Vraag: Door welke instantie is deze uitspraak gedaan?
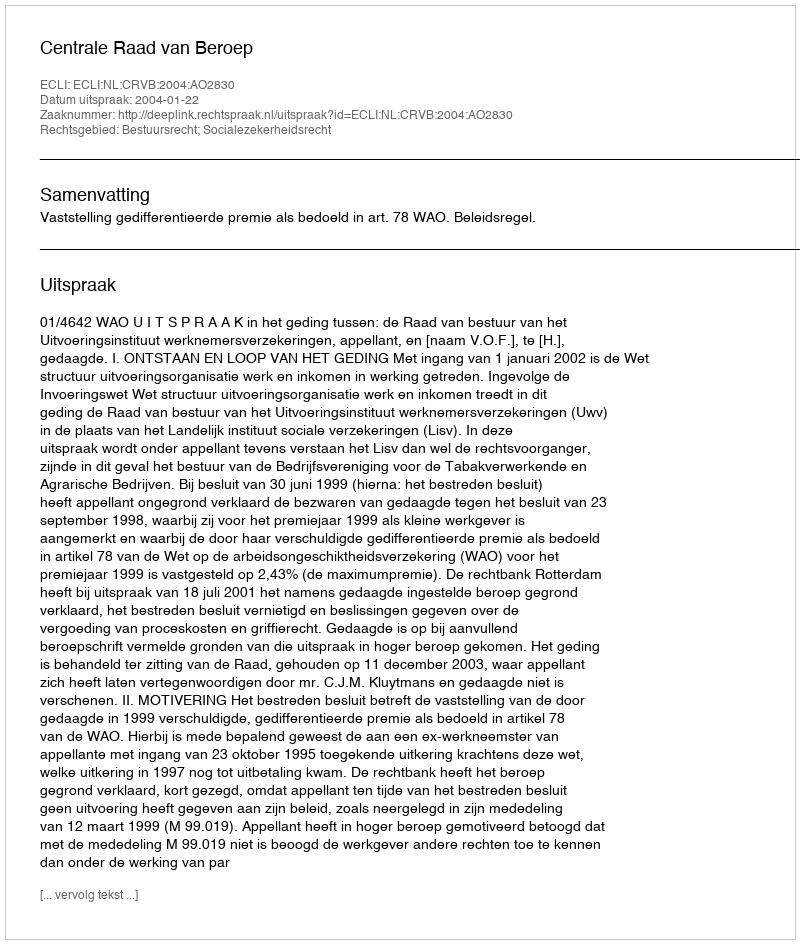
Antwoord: Centrale Raad van Beroep